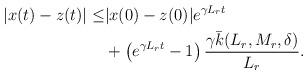
LaTeX: \begin{align*}\begin{aligned}|x(t)-z(t)| \le & |x(0)-z(0)| e^{\gamma L_r t}\\&+\left(e^{\gamma L_r t} -1\right) \dfrac{\gamma \bar k(L_r,M_r, \delta)}{L_r }.\end{aligned}\end{align*}